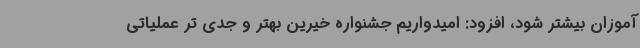
آموزان بیشتر شود، افزود: امیدواریم جشنواره خیرین بهتر و جدی تر عملیاتی